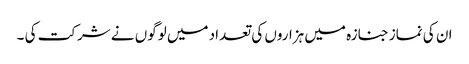
ان کی نماز جنازہ میں ہزاروں کی تعداد میں لوگوں نے شرکت کی ۔